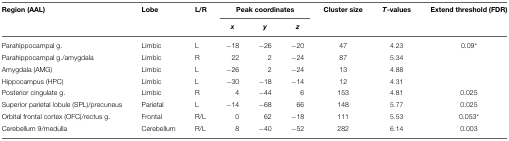
<table><thead><tr><td><b>Region (AAL)</b></td><td><b>Lobe</b></td><td><b>L/R</b></td><td colspan="3"><b>Peak coordinates</b></td><td><b>Cluster size</b></td><td><b><i>T</i>-values</b></td><td><b>Extend threshold (FDR)</b></td></tr><tr><td></td><td></td><td></td><td><b><i>x</i></b></td><td><b><i>y</i></b></td><td><b><i>z</i></b></td><td></td><td></td><td></td></tr></thead><tbody><tr><td>Parahippocampal g.</td><td>Limbic</td><td>L</td><td>−18</td><td>−26</td><td>−20</td><td>47</td><td>4.23</td><td>0.09<sup>*</sup></td></tr><tr><td>Parahippocampal g./amygdala</td><td>Limbic</td><td>R</td><td>22</td><td>2</td><td>−24</td><td>87</td><td>5.34</td><td></td></tr><tr><td>Amygdala (AMG)</td><td>Limbic</td><td>L</td><td>−26</td><td>2</td><td>−24</td><td>13</td><td>4.88</td><td></td></tr><tr><td>Hippocampus (HPC)</td><td>Limbic</td><td>L</td><td>−30</td><td>−18</td><td>−14</td><td>12</td><td>4.31</td><td></td></tr><tr><td>Posterior cingulate g.</td><td>Limbic</td><td>R</td><td>4</td><td>−44</td><td>6</td><td>153</td><td>4.81</td><td>0.025</td></tr><tr><td>Superior parietal lobule (SPL)/precuneus</td><td>Parietal</td><td>L</td><td>−14</td><td>−68</td><td>66</td><td>148</td><td>5.77</td><td>0.025</td></tr><tr><td>Orbital frontal cortex (OFC)/rectus g.</td><td>Frontal</td><td>R/L</td><td>0</td><td>62</td><td>−18</td><td>111</td><td>5.53</td><td>0.053<sup>*</sup></td></tr><tr><td>Cerebellum 9/medulla</td><td>Cerebellum</td><td>R/L</td><td>8</td><td>−40</td><td>−52</td><td>282</td><td>6.14</td><td>0.003</td></tr></tbody></table>